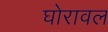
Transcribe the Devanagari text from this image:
घोरावल